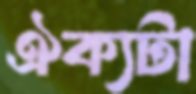
ঐক্যটা